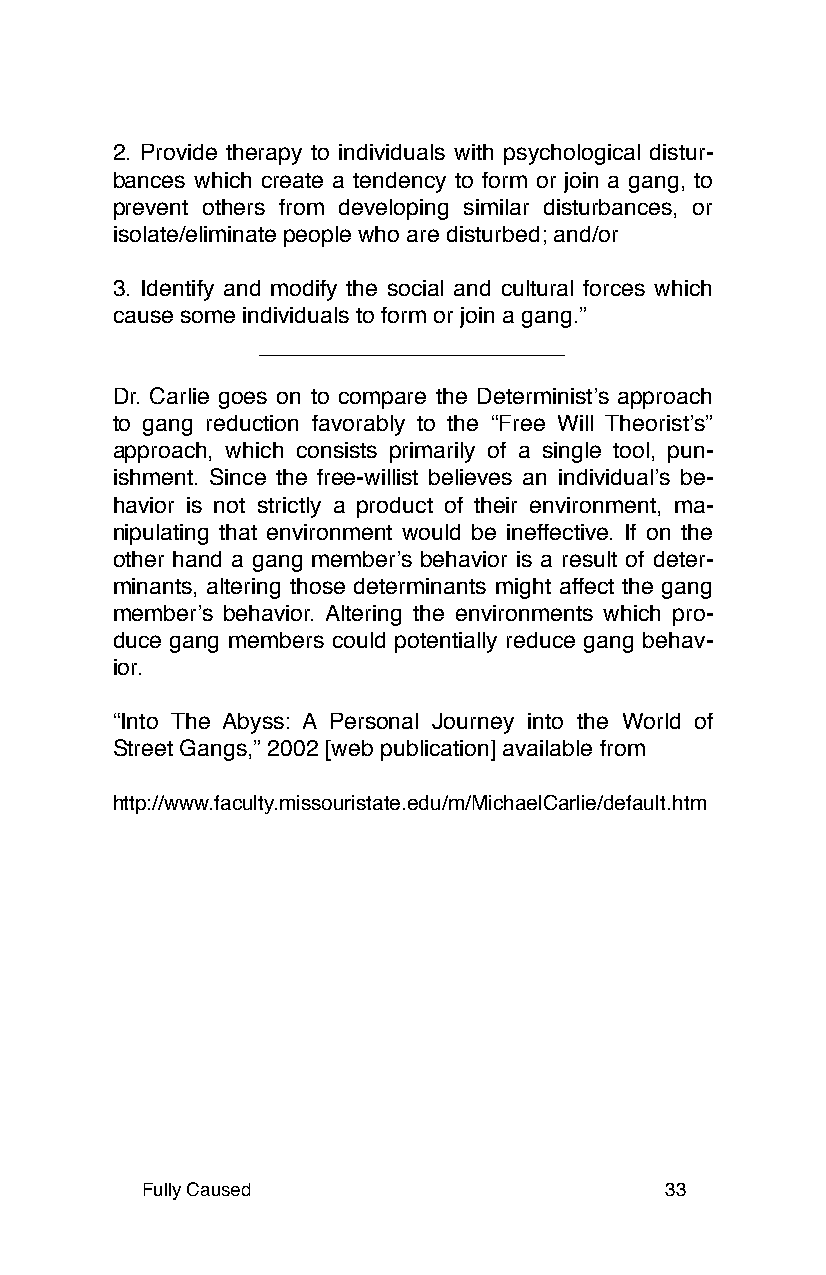
2. Provide therapy to individuals with psychological distur-
 bances which create a tendency to form or join a gang, to
 prevent others from developing similar disturbances, or
 isolate/eliminate people who are disturbed; and/or
 3. Identify and modify the social and cultural forces which
 cause some individuals to form or join a gang.”
 Dr. Carlie goes on to compare the Deterministʼs approach
 to gang reduction favorably to the “Free Will Theoristʼs”
 approach, which consists primarily of a single tool, pun-
 ishment. Since the free-willist believes an individualʼs be-
 havior is not strictly a product of their environment, ma-
 nipulating that environment would be ineffective. If on the
 other hand a gang memberʼs behavior is a result of deter-
 minants, altering those determinants might affect the gang
 memberʼs behavior. Altering the environments which pro-
 duce gang members could potentially reduce gang behav-
 ior.
 “Into The Abyss: A Personal Journey into the World of
 Street Gangs,” 2002 [web publication] available from
 http://www.faculty.missouristate.edu/m/MichaelCarlie/default.htm
 Fully Caused                       33